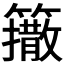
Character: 𰪟